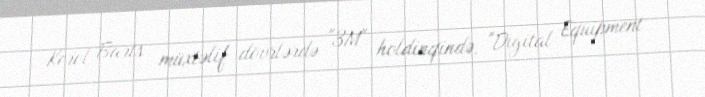
Kerol Barts müxtəlif dövrlərdə "3M" holdinqində, "Digital Equipment